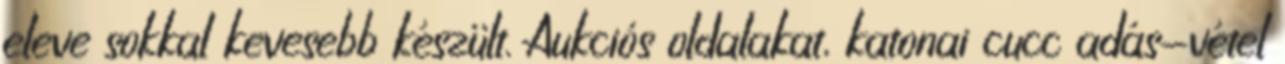
eleve sokkal kevesebb készült. Aukciós oldalakat, katonai cucc adás-vétel